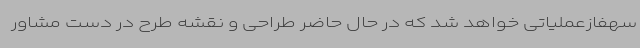
سهفازعملیاتی خواهد شد که در حال حاضر طراحی و نقشه طرح در دست مشاور